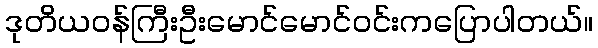
ဒုတိယဝန်ကြီးဦးမောင်မောင်ဝင်းကပြောပါတယ်။